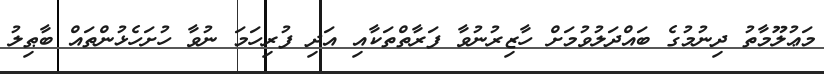
މަޢުލޫމާތު ދިނުމުގެ ބައްދަލުވުމަށް ހާޒިރުނުވާ ފަރާތްތަކާއި އަދި ފުރިހަމަ ނުވާ ހުށަހެޅުންތައް ބާޠިލު